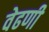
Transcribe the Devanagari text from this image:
वेढणी